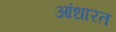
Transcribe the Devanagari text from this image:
आंधारत